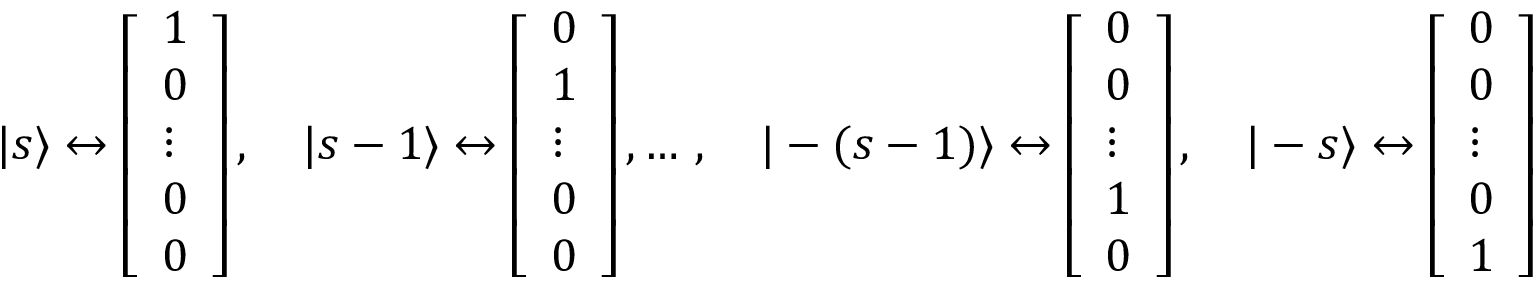
| s \rangle \leftrightarrow { \left[ \begin{array} { l } { 1 } \\ { 0 } \\ { \vdots } \\ { 0 } \\ { 0 } \end{array} \right] } \, , \quad | s - 1 \rangle \leftrightarrow { \left[ \begin{array} { l } { 0 } \\ { 1 } \\ { \vdots } \\ { 0 } \\ { 0 } \end{array} \right] } \, , \ldots \, , \quad | - ( s - 1 ) \rangle \leftrightarrow { \left[ \begin{array} { l } { 0 } \\ { 0 } \\ { \vdots } \\ { 1 } \\ { 0 } \end{array} \right] } \, , \quad | - s \rangle \leftrightarrow { \left[ \begin{array} { l } { 0 } \\ { 0 } \\ { \vdots } \\ { 0 } \\ { 1 } \end{array} \right] }